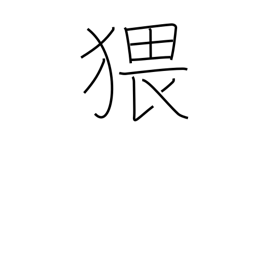
Meaning: obscene